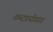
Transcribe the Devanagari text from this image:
शब्दप्रयोगात